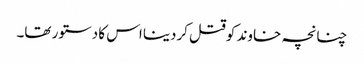
چنانچہ خاوند کوقتل کردینا اس کا دستور تھا۔